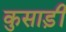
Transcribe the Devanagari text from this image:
कुसाड़ी